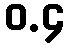
ဝ.၄